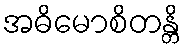
အဓိမောစိတန္တိ